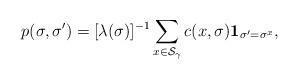
LaTeX: \begin{align*}p(\sigma,\sigma')=[\lambda(\sigma)]^{-1}\sum_{x\in\mathcal{S}_{\gamma}}c(x,\sigma)\mathbf 1_{\sigma'=\sigma^{x}},\end{align*}